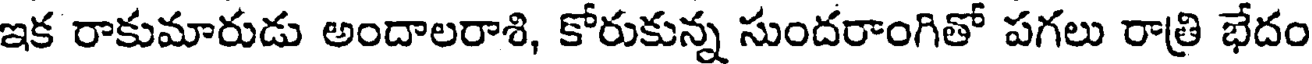
ఇక రాకుమారుడు అందాలరాశి, కోరుకున్న సుందరాంగితో పగలు రాత్రి భేదం